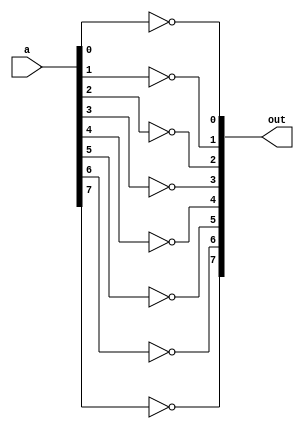
module ones_compl(output [7:0] out, input [7:0] a);

not (out[0], a[0]);
not (out[1], a[1]);
not (out[2], a[2]);
not (out[3], a[3]);
not (out[4], a[4]);
not (out[5], a[5]);
not (out[6], a[6]);
not (out[7], a[7]);


endmodule